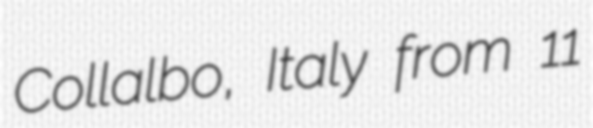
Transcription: Collalbo, Italy from 11